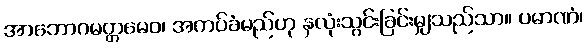
အာဘောဂမတ္တမေဝ၊ အကပ်ခံမည်ဟု နှလုံးသွင်းခြင်းမျှသည်သာ။ ပမာဏံ၊